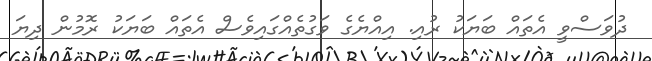
ދުވަސްވީ އެތައް ބަޔަކު ރުއި. އިއްޔެގެ ވަގުތެއްގައިވެސް އެތައް ބަޔަކު ރޮމުން ދިޔަ